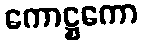
ကောဋ္ဌကော